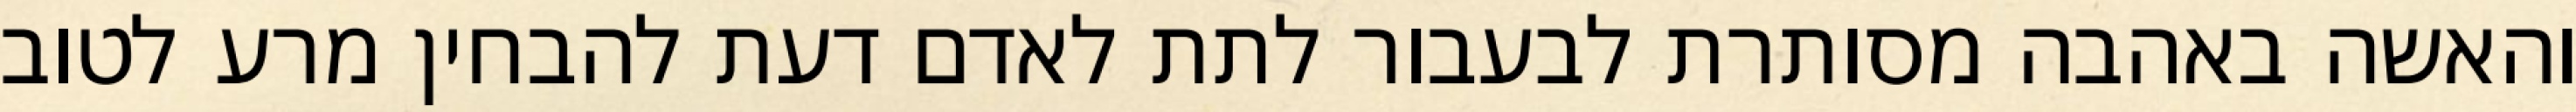
והאשה באהבה מסותרת לבעבור לתת לאדם דעת להבחין מרע לטוב